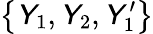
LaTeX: \left\lbrace\mathsfit{Y}_{1},\mathsfit{Y}_{2},\mathsfit{Y}_{1}^{\prime}\right\rbrace